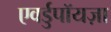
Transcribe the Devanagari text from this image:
एवर्डुपॉयज़ा